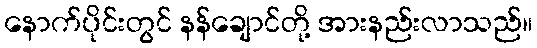
နောက်ပိုင်းတွင် နန်ချောင်တို့ အားနည်းလာသည်။